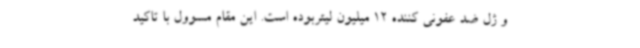
و ژل ضد عفونی کننده 12 میلیون لیتربوده است. این مقام مسوول با تاکید